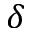
\delta